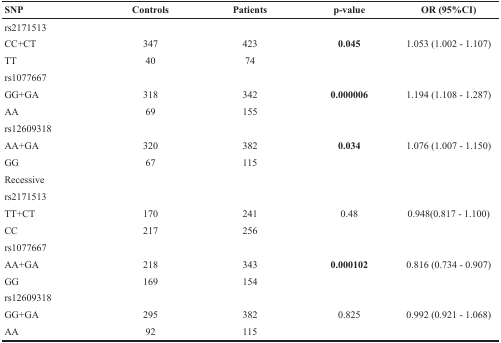
<table><thead><tr><td><b>SNP</b></td><td><b>Controls</b></td><td><b>Patients</b></td><td><b>p-value</b></td><td><b>OR (95%CI)</b></td></tr></thead><tbody><tr><td>rs2171513</td><td></td><td></td><td></td><td></td></tr><tr><td>CC+CT</td><td>347</td><td>423</td><td><b>0.045</b></td><td>1.053 (1.002 - 1.107)</td></tr><tr><td>TT</td><td>40</td><td>74</td><td></td><td></td></tr><tr><td>rs1077667</td><td></td><td></td><td></td><td></td></tr><tr><td>GG+GA</td><td>318</td><td>342</td><td><b>0.000006</b></td><td>1.194 (1.108 - 1.287)</td></tr><tr><td>AA</td><td>69</td><td>155</td><td></td><td></td></tr><tr><td>rs12609318</td><td></td><td></td><td></td><td></td></tr><tr><td>AA+GA</td><td>320</td><td>382</td><td><b>0.034</b></td><td>1.076 (1.007 - 1.150)</td></tr><tr><td>GG</td><td>67</td><td>115</td><td></td><td></td></tr><tr><td>Recessive</td><td></td><td></td><td></td><td></td></tr><tr><td>rs2171513</td><td></td><td></td><td></td><td></td></tr><tr><td>TT+CT</td><td>170</td><td>241</td><td>0.48</td><td>0.948(0.817 - 1.100)</td></tr><tr><td>CC</td><td>217</td><td>256</td><td></td><td></td></tr><tr><td>rs1077667</td><td></td><td></td><td></td><td></td></tr><tr><td>AA+GA</td><td>218</td><td>343</td><td><b>0.000102</b></td><td>0.816 (0.734 - 0.907)</td></tr><tr><td>GG</td><td>169</td><td>154</td><td></td><td></td></tr><tr><td>rs12609318</td><td></td><td></td><td></td><td></td></tr><tr><td>GG+GA</td><td>295</td><td>382</td><td>0.825</td><td>0.992 (0.921 - 1.068)</td></tr><tr><td>AA</td><td>92</td><td>115</td><td></td><td></td></tr></tbody></table>